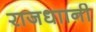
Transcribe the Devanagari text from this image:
राजधाानी